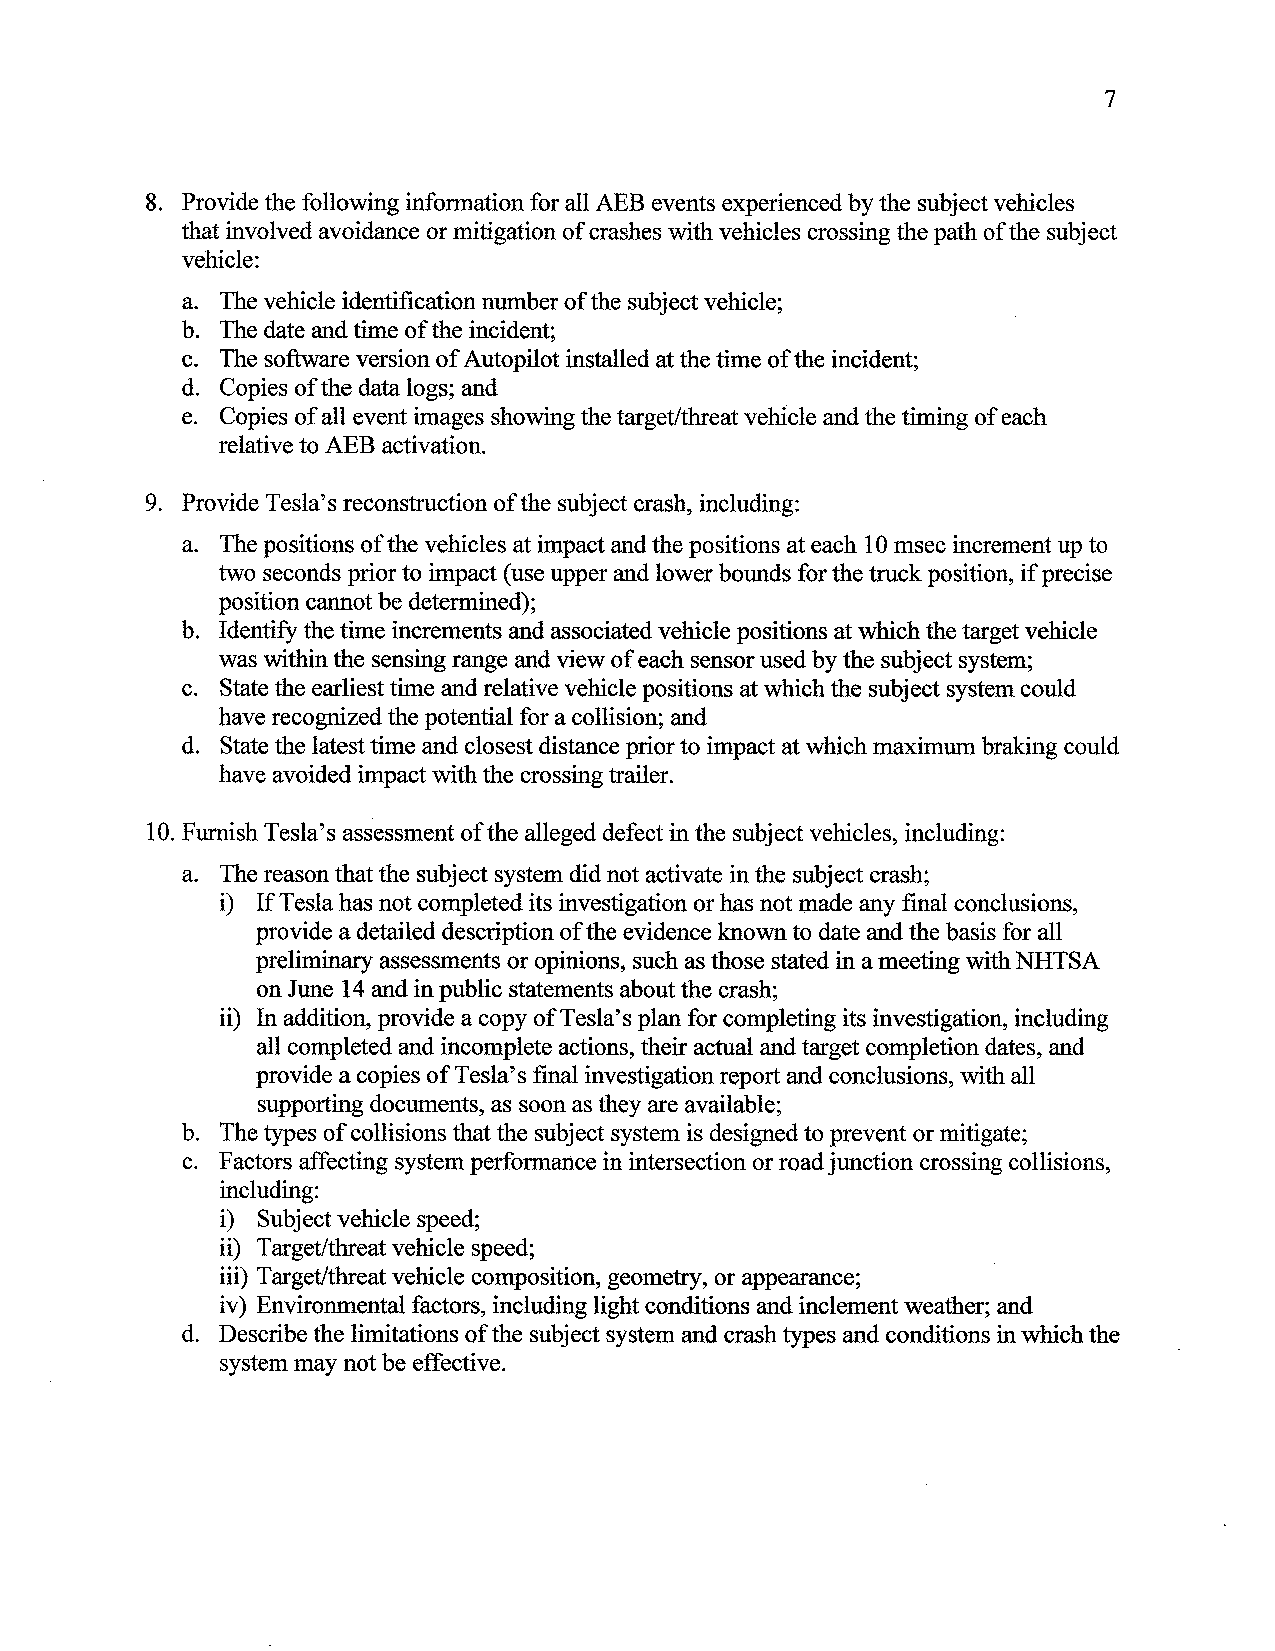
7
 8. Provide the following information for all AEB events experienced by the subject vehicles
 that involved avoidance or mitigation of crashes with vehicles crossing the path of the subject
 vehicle:
 a. The vehicle identification number of the subject vehicle;
 b. The date and time of the incident;
 c. The software version of Autopilot installed at the time of the incident;
 d. Copies of the data logs; and
 e. Copies of all event images showing the target/threat vehicle and the timing of each
 relative to AEB activation.
 9. Provide Tesla's reconstruction of the subject crash, including:
 a. The positions of the vehicles at impact and the positions at each 10 msec increment up to
 two seconds prior to impact (use upper and lower bounds for the truck position, if precise
 position cannot be determined);
 b. Identify the time increments and associated vehicle positions at which the target vehicle
 was within the sensing range and view of each sensor used by the subject system;
 c. State the earliest time and relative vehicle positions at which the subject system could
 have recognized the potential for a collision; and
 d. State the latest time and closest distance prior to impact at which maximum braking could
 have avoided impact with the crossing trailer.
 10. Furnish Tesla's assessment of the alleged defect in the subject vehicles, including:
 a. The reason that the subject system did not activate in the subject crash;
 i) If Tesla has not completed its investigation or has not made any final conclusions,
 provide a detailed description of the evidence known to date and the basis for all
 preliminary assessments or opinions, such as those stated in a meeting with NHTSA
 on June 14 and in public statements about the crash;
 ii) In addition, provide a copy of Tesla's plan for completing its investigation, including
 all completed and incomplete actions, their actual and target completion dates, and
 provide a copies of Tesla's final investigation report and conclusions, with all
 supporting documents, as soon as they are available;
 b. The types of collisions that the subject system is designed to prevent or mitigate;
 c. Factors affecting system performance in intersection or road junction crossing collisions,
 including:
 i) Subject vehicle speed;
 ii) Target/threat vehicle speed;
 iii) Target/threat vehicle composition, geometry, or appearance;
 iv) Environmental factors, including light conditions and inclement weather; and
 d. Describe the limitations of the subject system and crash types and conditions in which the
 system may not be effective.